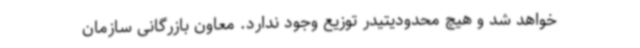
خواهد شد و هیچ محدودیتیدر توزیع وجود ندارد. معاون بازرگانی سازمان